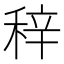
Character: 𥞽